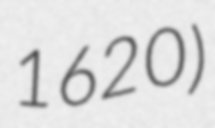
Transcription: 1620)